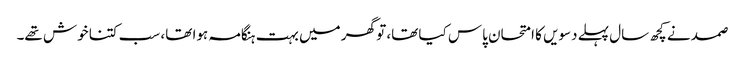
صمد نے کچھ سال پہلے دسویں کا امتحان پاس کیا تھا، تو گھر میں بہت ہنگامہ ہوا تھا، سب کتنا خوش تھے۔